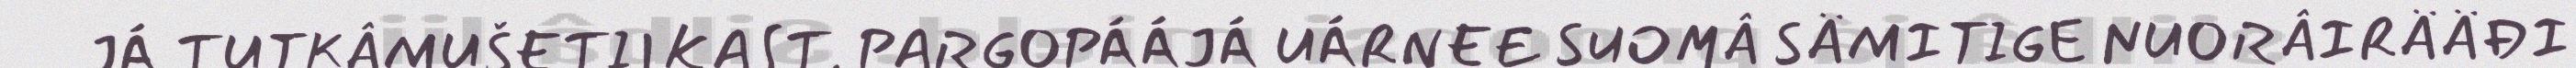
JÁ TUTKÂMUŠETIIKAST. PARGOPÁÁJÁ UÁRNEE SUOMÂ SÄMITIGE NUORÂIRÄÄĐI